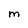
Character: M